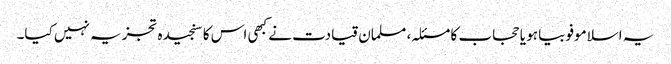
یہ اسلاموفوبیا ہو یا حجاب کا مسئلہ، مسلمان قیادت نے کبھی اس کا سنجیدہ تجزیہ نہیں کیا۔